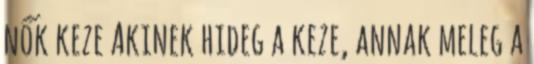
nők keze Akinek hideg a keze, annak meleg a